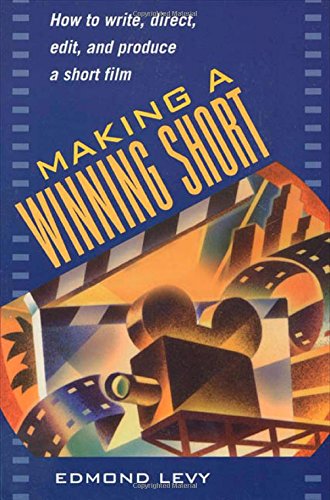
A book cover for Making a Winning Short: How to Write, Direct, Edit, and Produce a Short Film; Edmond Levy; Humor & Entertainment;